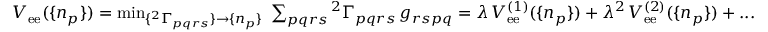
\begin{array} { r } { V _ { \mathrm { e e } } ( \{ n _ { p } \} ) = \operatorname* { m i n } _ { \{ { ^ { 2 } \Gamma _ { p q r s } } \} \to \{ n _ { p } \} } \; \sum _ { p q r s } { ^ { 2 } \Gamma } _ { p q r s } \, g _ { r s p q } = \lambda \, V _ { \mathrm { e e } } ^ { ( 1 ) } ( \{ n _ { p } \} ) + \lambda ^ { 2 } \, V _ { \mathrm { e e } } ^ { ( 2 ) } ( \{ n _ { p } \} ) + . . . } \end{array}